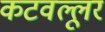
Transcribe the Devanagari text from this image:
कटवल्लूर